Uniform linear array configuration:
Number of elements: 8
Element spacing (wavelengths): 0.25
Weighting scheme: hamming
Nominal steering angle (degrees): -60
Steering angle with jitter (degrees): -59.391
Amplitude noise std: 0.05
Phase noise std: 0.05

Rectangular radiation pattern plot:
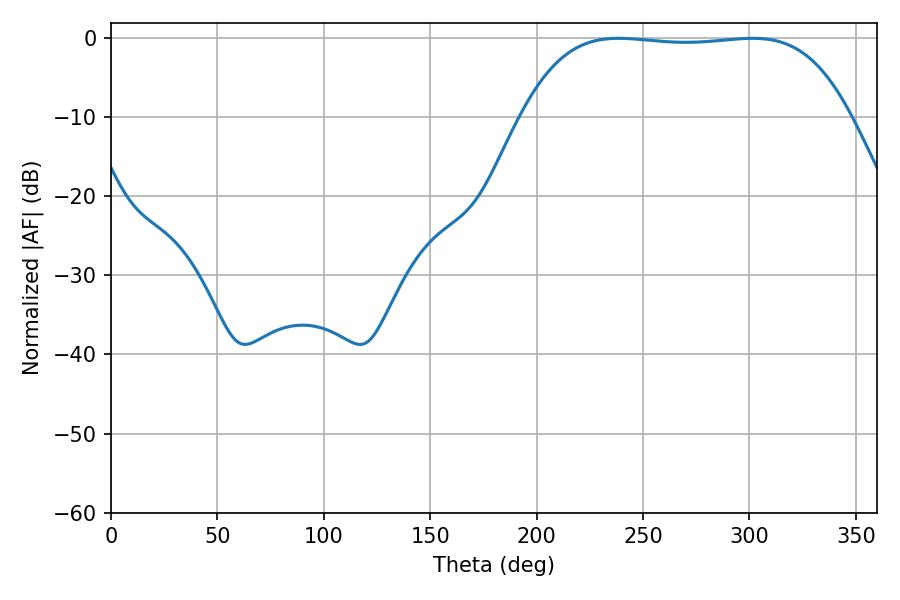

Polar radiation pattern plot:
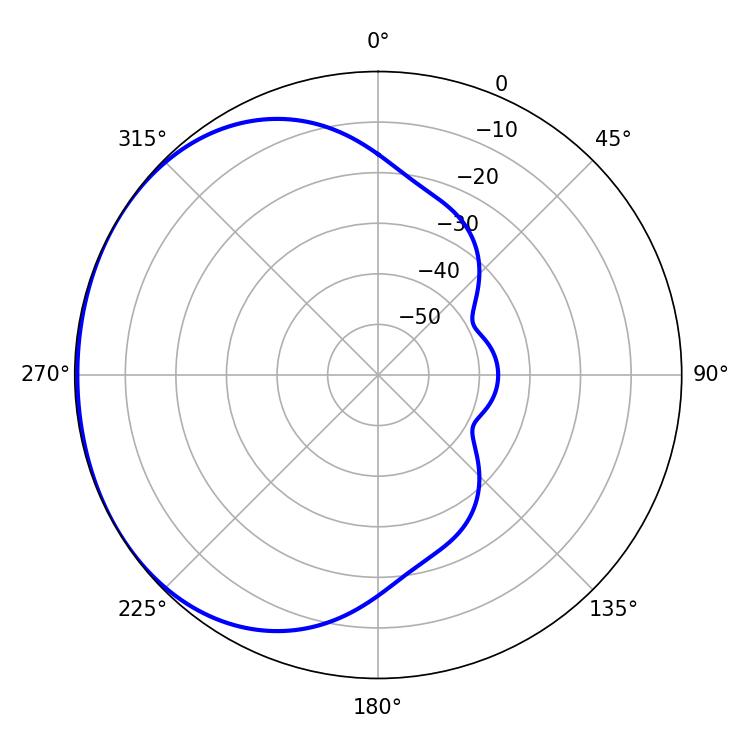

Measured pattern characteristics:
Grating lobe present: FALSE
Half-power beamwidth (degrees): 120.6
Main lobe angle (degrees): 238.5